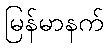
မြန်မာနက်